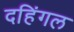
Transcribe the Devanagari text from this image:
दहिंगल